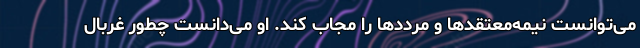
می‌توانست نیمه‌معتقدها و مرددها را مجاب کند. او می‌دانست چطور غربال